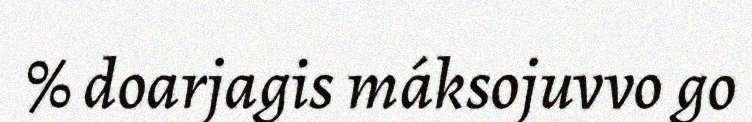
% doarjagis máksojuvvo go